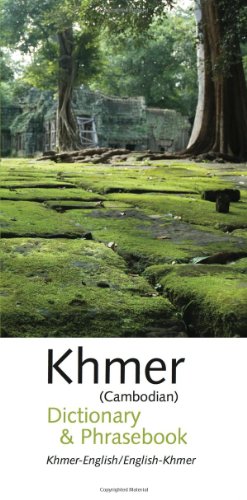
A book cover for Khmer-English/ English-Khmer (Cambodian) Dictionary & Phrasebook (Khmer Edition); Soksan Ngoun; Reference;